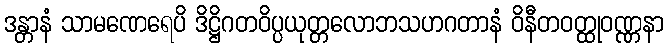
ဒန္တာနံ သာမဏေရေပိ ဒိဋ္ဌိဂတဝိပ္ပယုတ္တလောဘသဟဂတာနံ ဝိနီတဝတ္ထုဝဏ္ဏနာ